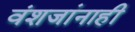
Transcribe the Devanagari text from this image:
वंशजांनाही